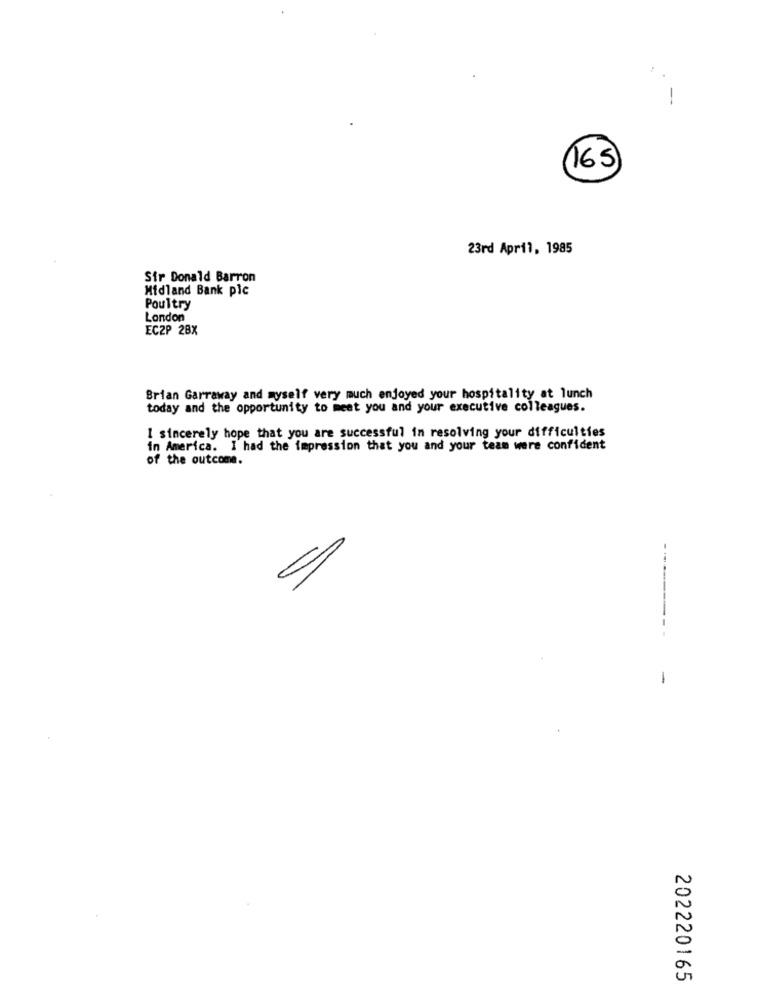
165
23rd April, 1985
Sir Donald Barron
Midland Bank plc
Poultry
London
EC2P 28X
Brian Garraway and myself very much enjoyed your hospitality at lunch
today and the opportunity to meet you and your executive colleagues.
I sincerely hope that you are successful in resolving your difficulties
in America. I had the impression that you and your team were confident
of the outcome .
-
202220165